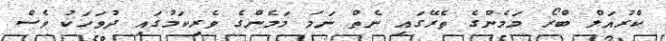
ކްރުއަލް ބްރޯ މަމެންގެ ތެރޭގައި ނެތް ނަމަ މަމެންގެ ވެރިކަމުގައި ދުވަހަކު ވެސް